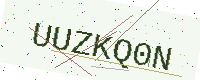
Text: UUZKQ0N